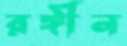
রঙ্গীন